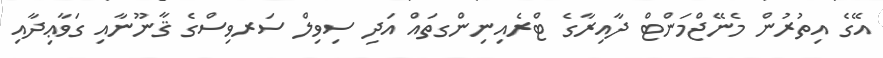
އޭގެ އިތުރުން މެނޭޖްމަންޓް ދާއިރާގެ ޓްރެއިނިންގތައް އަދި ސިވިލް ސަރވިސްގެ ޤާނޫނާއި ގަވާޢިދާއި